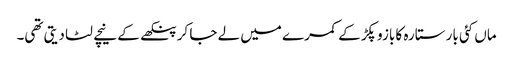
ماں کئی بار ستارہ کا بازو پکڑ کے کمرے میں لے جا کر پنکھے کے نیچے لٹا دیتی تھی۔